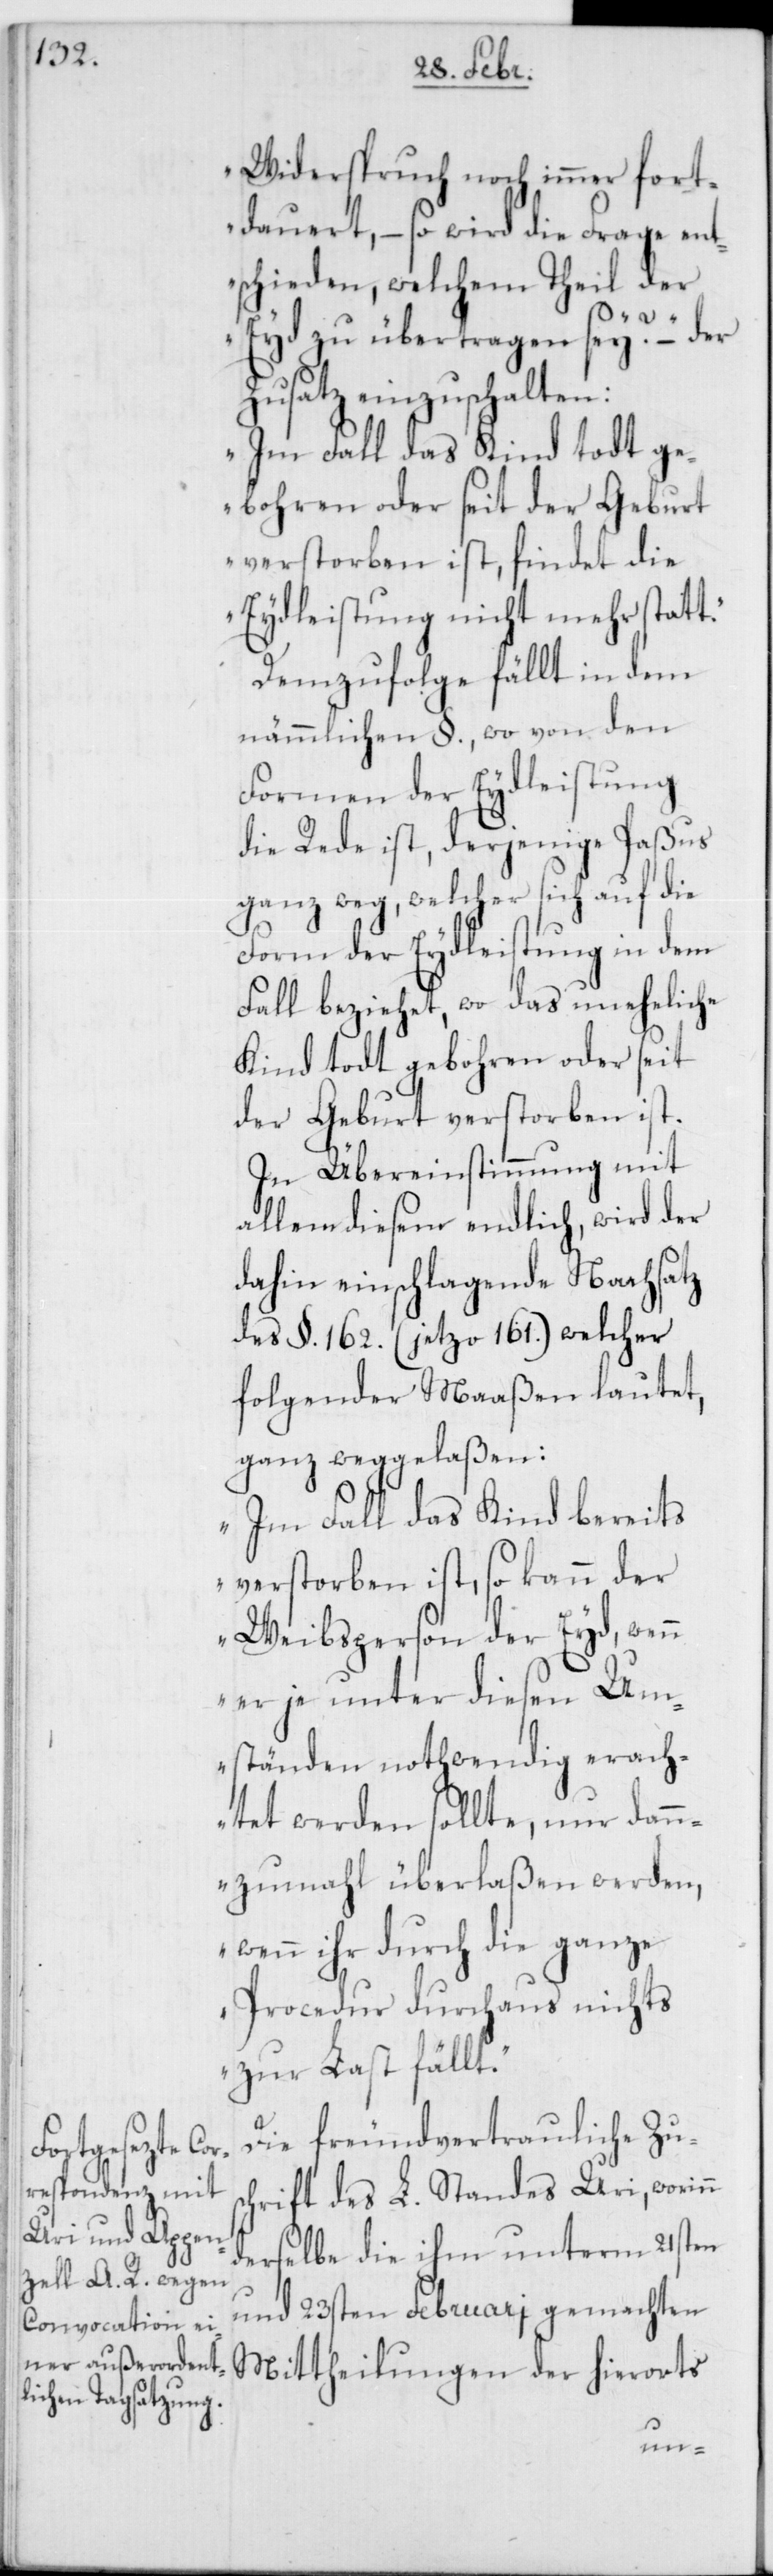
Widerspruch noch immer fort¬
dauert, – so wird die Frage ent¬
schieden, welchem Theil der
t.“
Eyd zu übertragen sey?“ – der
Zusatz einzuschalten:
„Im Fall das Kind todt ge¬
bohren oder seit der Geburt
verstorben ist, findet die
Eydleistung nicht mehr stat¬
Demzufolge fällt in dem
nämmlichen §., wo von den
Formen der Eydleistung
die Rede ist, derjenige Paßus
ganz weg, welcher sich auf die
Form der Eydleistung in dem
Fall beziehet, wo das uneheliche
Kind todt gebohren oder seit
der Geburt verstorben ist.
In Übereinstimmung mit
allem diesem endlich, wird der
dahin einschlagende Nachsatz
des §. 162. (jetzo 161.), welcher
folgender Maaßen lautet,
ganz weggelaßen:
„Im Fall das Kind bereits
verstorben ist, so kann der
Weibsperson der Eyd, wenn
er je unter diesen Um¬
ständen nothwendig erach¬
tet werden sollte, nur dann¬
zumahl überlaßen werden,
wenn ihr durch die ganze
Procedur durchaus nichts
zur Last fällt.“
Die freundvertrauliche Zus¬
chrift des L. Standes Uri, worin¬
erselbe die ihm unterm 21sten
und 23sten Februari gemachten
Mittheilungen der hierorts
n d¬